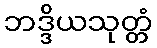
ဘဒ္ဒိယသုတ္တံ